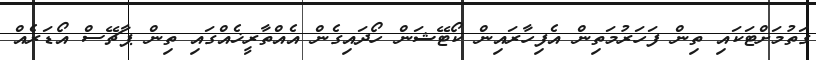
ގަތުމަށްޓަކައި ތިން ފަހަރުމަތިން އެފިހާރައިން ކޯޓޭޝަން ހޯދައިގެން އެއްތާރީޚެއްގައި ތިން ޕާޗޭސް އޯޑަރެއް